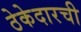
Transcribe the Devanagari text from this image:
ठेकेदारची